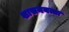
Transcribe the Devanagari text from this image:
शासनयत्ता